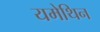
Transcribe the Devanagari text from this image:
यमेथिन